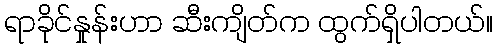
ရာခိုင်နှုန်းဟာ ဆီးကျိတ်က ထွက်ရှိပါတယ်။